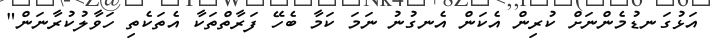
އަޅުގަނޑުމެންނަށް ކުރިން އެކަން އެނގުނު ނަމަ ކަމާ ބެހޭ ފަރާތްތަކާ އެތަކެތި ހަވާލުކުރާނަން"